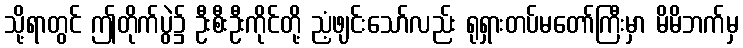
သို့ရာတွင် ဤတိုက်ပွဲ၌ ဦးစီးဦးကိုင်တို့ ညံ့ဖျင်းသော်လည်း ရုရှားတပ်မတော်ကြီးမှာ မိမိဘက်မှ